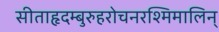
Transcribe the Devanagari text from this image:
सीताहृदम्बुरुहरोचनरश्मिमालिन्